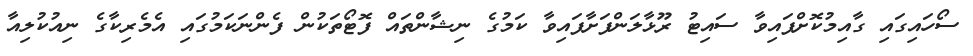
ސޯހައިގައި ގާއިމުކޮށްފައިވާ ސައިޓު ރޫޅާލަންފަށާފައިވާ ކަމުގެ ނިޝާންތައް ފޮޓޯތަކުން ފެންނަކަމުގައި އެމެރިކާގެ ނިއުކުލިއާ